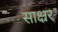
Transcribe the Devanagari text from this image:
साक्ष्रर